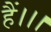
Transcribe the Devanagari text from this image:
हैं।।।